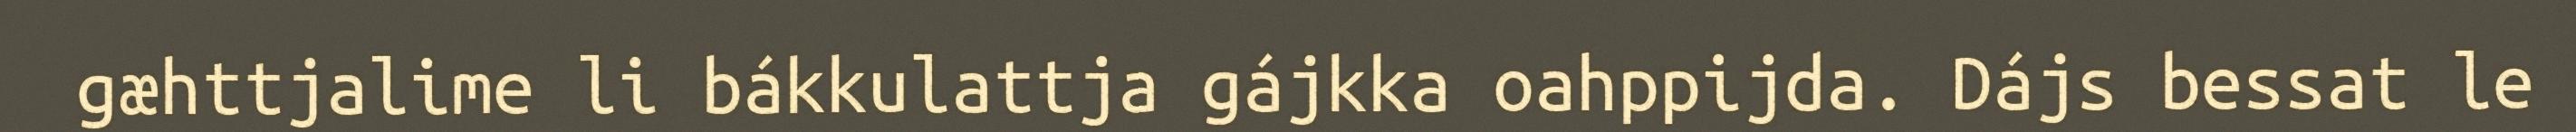
gæhttjalime li bákkulattja gájkka oahppijda. Dájs bessat le